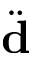
\ddot { \bf d }